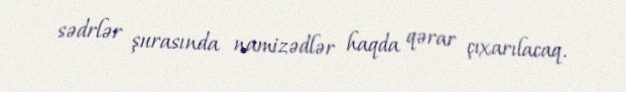
sədrlər şurasında namizədlər haqda qərar çıxarılacaq.